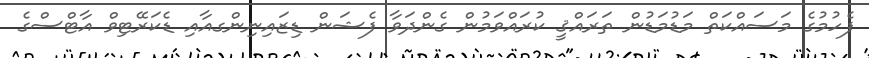
ފެހުމުގެ މަސައްކަތް މަޑުމަޑުން ތަރައްޤީ ކުރައްވަމުން ގެންދަވާ ފެޝަން ޑިޒައިނިންގއާއި ޑެކަރޭޓިވް އާޓްސްގެ